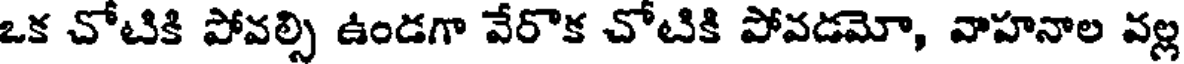
ఒక చోటికి పోవల్సి ఉండగా వేరొక చోటికి పోవడమో, వాహనాల వల్ల